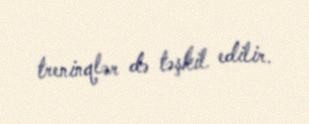
treninqlər də təşkil edilir.